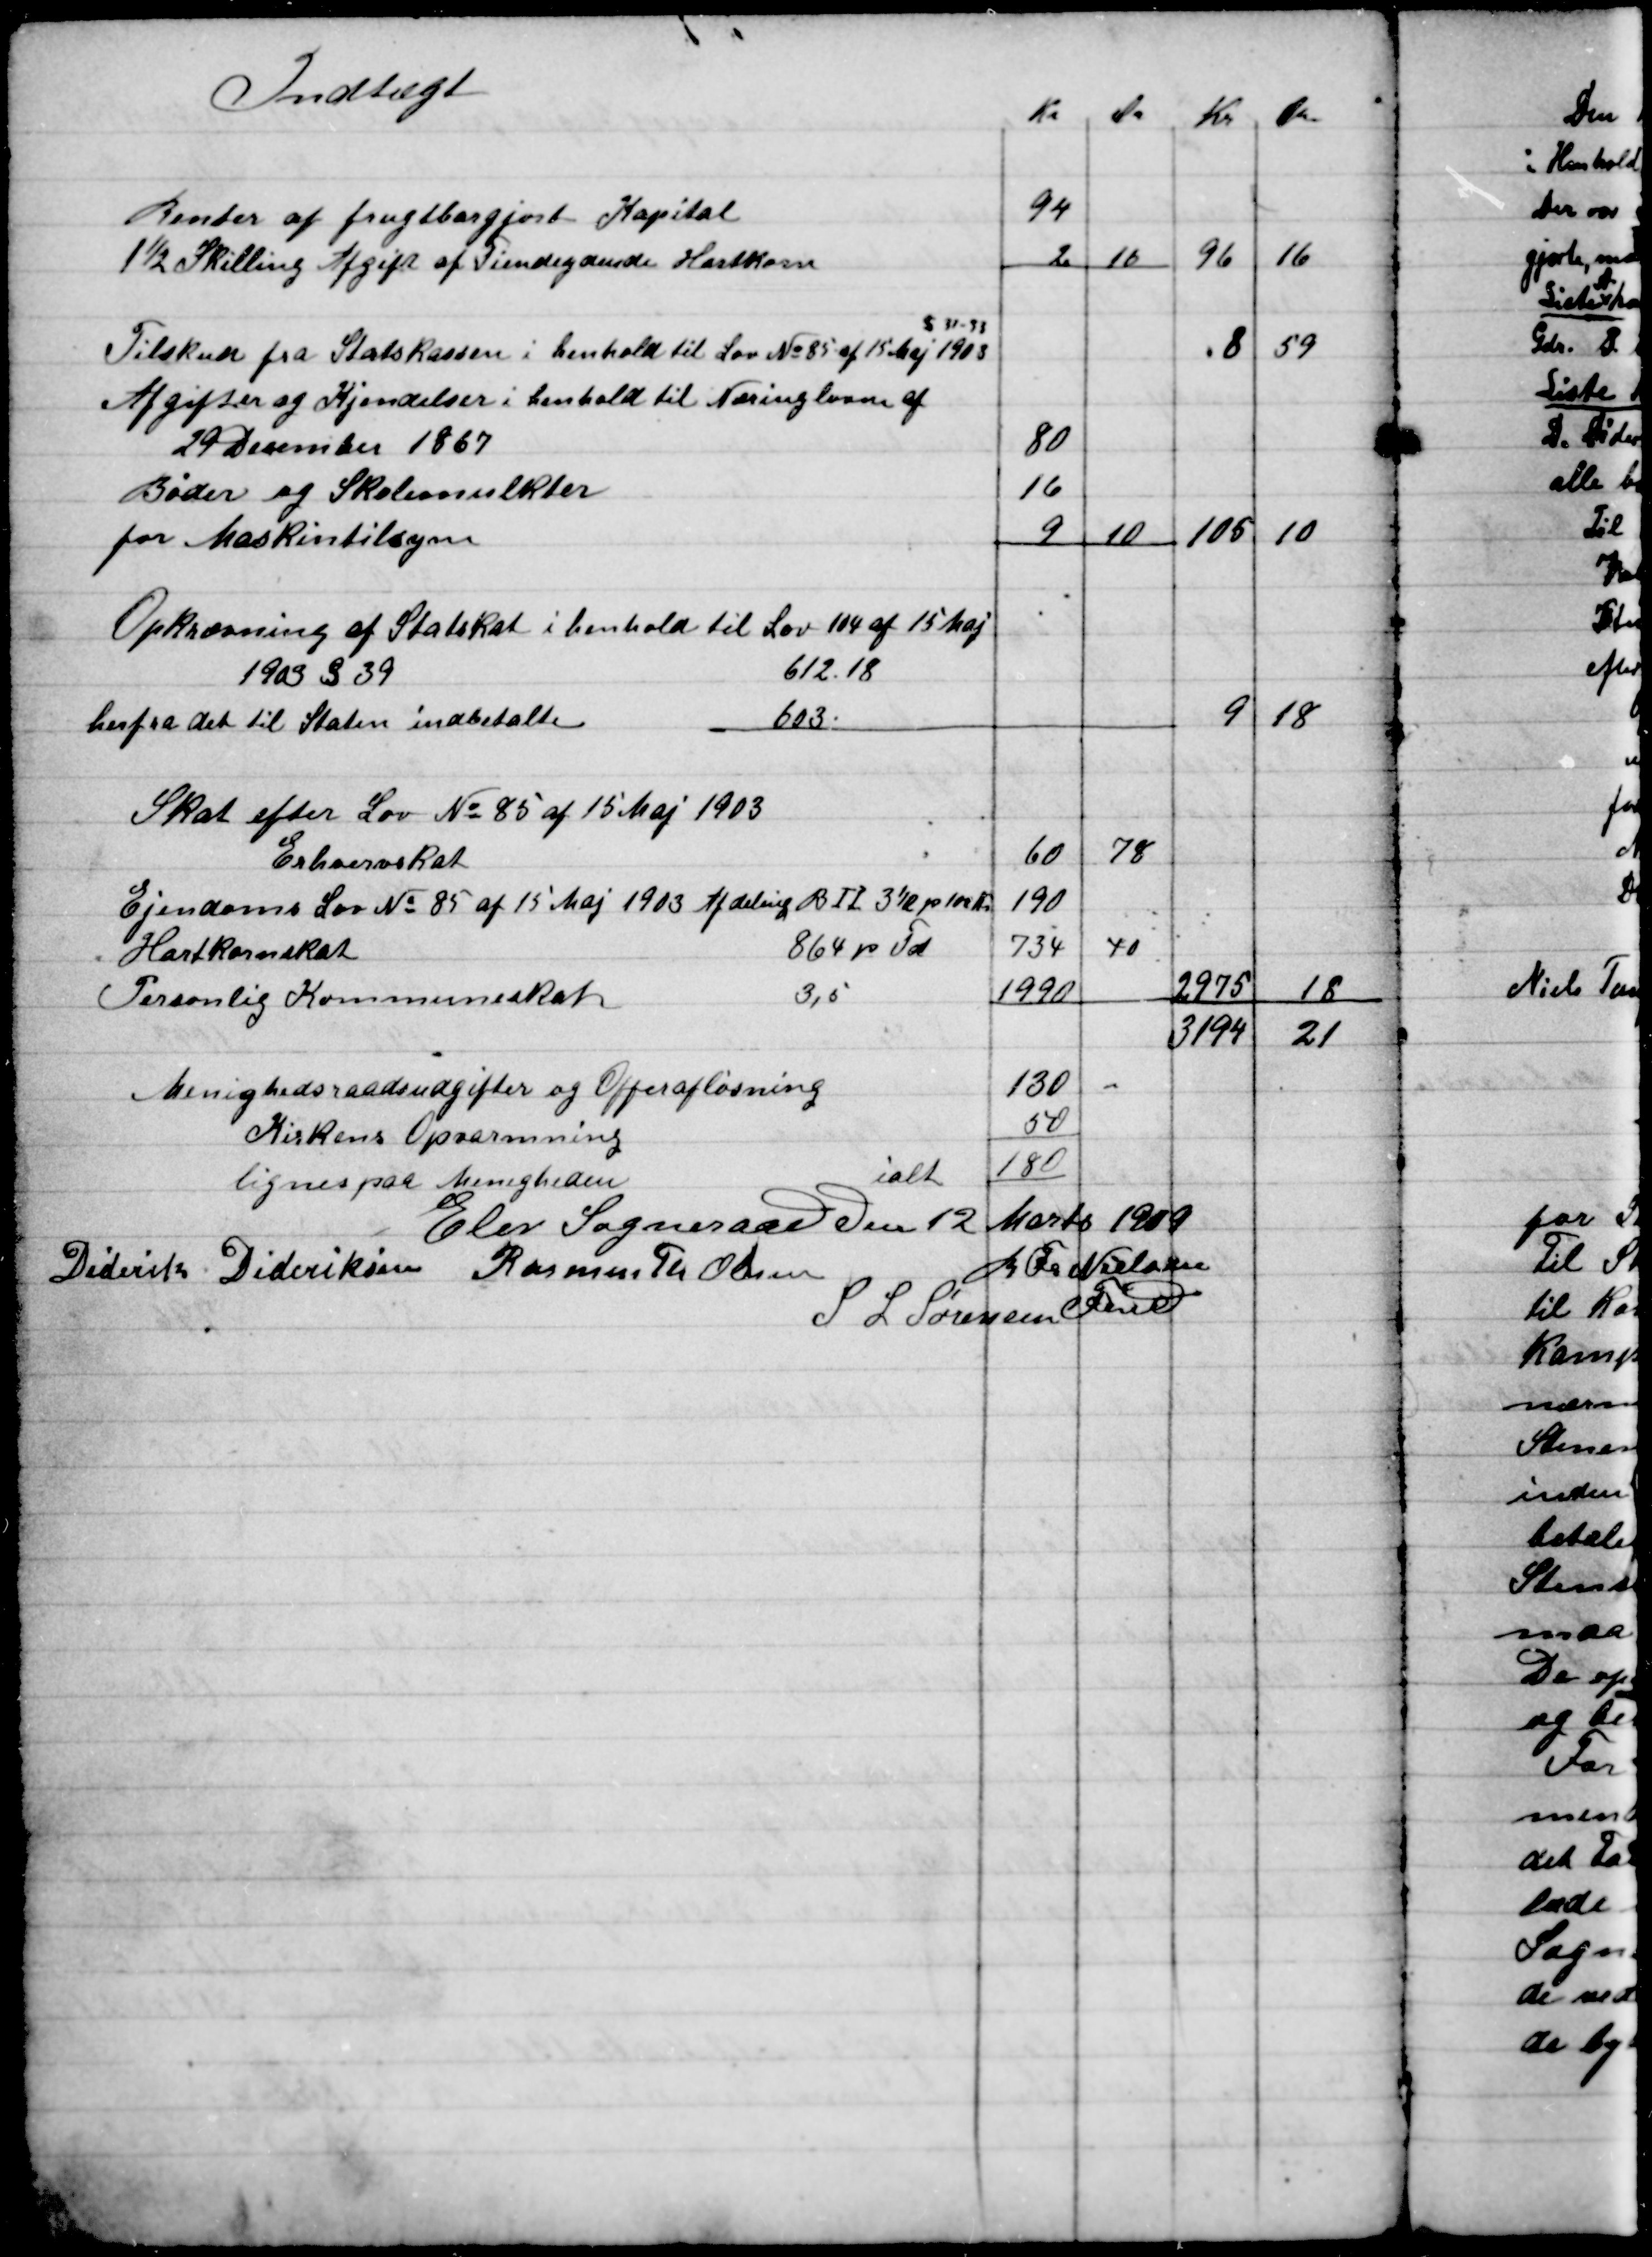
Transskription:
Elev Sogneraad den 12, Marts 1909

Diderik Dideriksen
Rasmus Th. Olesen
S. L. Sørensen 
R. Fr. Nielsen
Fmd.